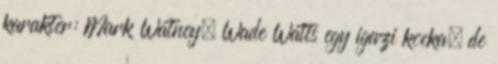
karakter: Mark Watney. Wade Watts egy igazi kocka, de